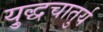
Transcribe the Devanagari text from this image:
यु्द्धचातुर्य